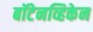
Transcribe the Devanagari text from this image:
बॉटेनव्हिकेन